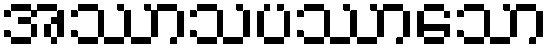
အဿာသပဿာသော